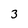
Character: 3